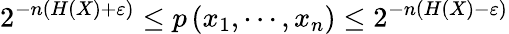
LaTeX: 2^{-n(H(X)+\varepsilon)}\leq p\left(x_{1},\cdots,x_{n}\right)\leq 2^{-n(H(X)-\varepsilon)}